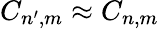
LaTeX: C_{n^{\prime},m}\approx C_{n,m}